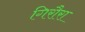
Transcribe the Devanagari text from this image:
गिरौरा